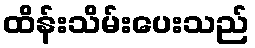
ထိန်းသိမ်းပေးသည်